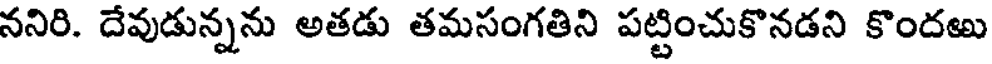
ననిరి. దేవుడున్నను అతడు తమసంగతిని పట్టించుకొనడని కొందఱు